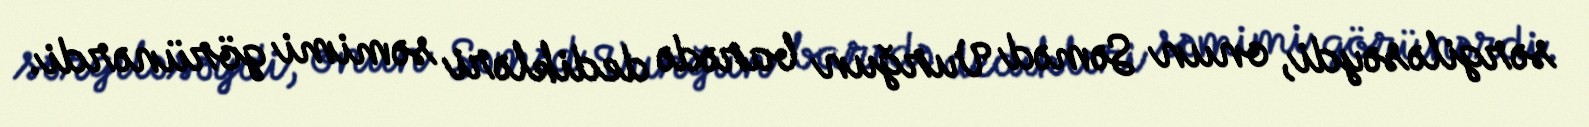
sərgiləsəydi, onun Səməd Vurğun barədə dedikləri səmimi görünərdi.